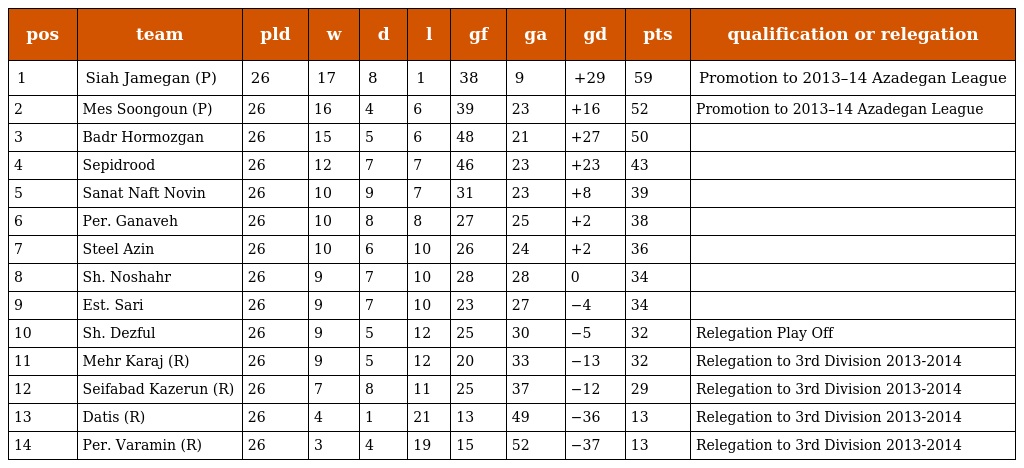
| pos | team | pld | w | d | l | gf | ga | gd | pts | qualification or relegation |
 | --- | --- | --- | --- | --- | --- | --- | --- | --- | --- | --- |
 | 1 | Siah Jamegan (P) | 26 | 17 | 8 | 1 | 38 | 9 | +29 | 59 | Promotion to 2013–14 Azadegan League |
 | 2 | Mes Soongoun (P) | 26 | 16 | 4 | 6 | 39 | 23 | +16 | 52 | Promotion to 2013–14 Azadegan League |
 | 3 | Badr Hormozgan | 26 | 15 | 5 | 6 | 48 | 21 | +27 | 50 |  |
 | 4 | Sepidrood | 26 | 12 | 7 | 7 | 46 | 23 | +23 | 43 |  |
 | 5 | Sanat Naft Novin | 26 | 10 | 9 | 7 | 31 | 23 | +8 | 39 |  |
 | 6 | Per. Ganaveh | 26 | 10 | 8 | 8 | 27 | 25 | +2 | 38 |  |
 | 7 | Steel Azin | 26 | 10 | 6 | 10 | 26 | 24 | +2 | 36 |  |
 | 8 | Sh. Noshahr | 26 | 9 | 7 | 10 | 28 | 28 | 0 | 34 |  |
 | 9 | Est. Sari | 26 | 9 | 7 | 10 | 23 | 27 | −4 | 34 |  |
 | 10 | Sh. Dezful | 26 | 9 | 5 | 12 | 25 | 30 | −5 | 32 | Relegation Play Off |
 | 11 | Mehr Karaj (R) | 26 | 9 | 5 | 12 | 20 | 33 | −13 | 32 | Relegation to 3rd Division 2013-2014 |
 | 12 | Seifabad Kazerun (R) | 26 | 7 | 8 | 11 | 25 | 37 | −12 | 29 | Relegation to 3rd Division 2013-2014 |
 | 13 | Datis (R) | 26 | 4 | 1 | 21 | 13 | 49 | −36 | 13 | Relegation to 3rd Division 2013-2014 |
 | 14 | Per. Varamin (R) | 26 | 3 | 4 | 19 | 15 | 52 | −37 | 13 | Relegation to 3rd Division 2013-2014 |